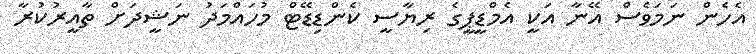
އެހެން ނަމަވެސް އޭނާ އަކީ އެމްޑީޕީގެ ރިޔާސީ ކެންޑިޑޭޓް މުހައްމަދު ނަޝީދަށް ތާއީރުކުރާ